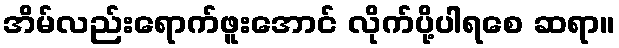
အိမ်လည်းရောက်ဖူးအောင် လိုက်ပို့ပါရစေ ဆရာ။